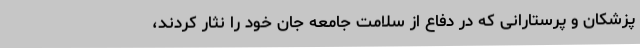
پزشکان و پرستارانی که در دفاع از سلامت جامعه جان خود را نثار کردند،